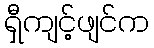
ရှီကျင့်ဖျင်က